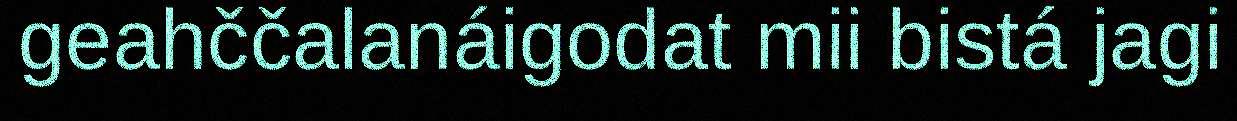
geahččalanáigodat mii bistá jagi